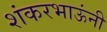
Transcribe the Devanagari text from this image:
शंकरभाऊंनी